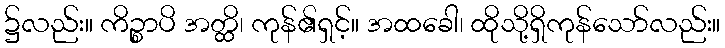
၌လည်း။ ကိဉ္စာပိ အတ္ထိ၊ ကုန်၏ရှင့်။ အထခေါ၊ ထိုသို့ရှိကုန်သော်လည်း။